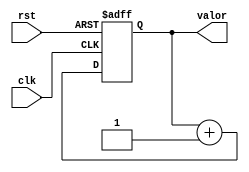
`timescale 1ns / 1ps
//////////////////////////////////////////////////////////////////////////////////
// Company: 
// Engineer: 
// 
// Design Name: 
// Module Name:    CONTADOR 
// Project Name: 
// Target Devices: 
// Tool versions: 
// Description: 
//
// Dependencies: 
//
// Revision: 
// Revision 0.01 - File Created
// Additional Comments: 
//
//////////////////////////////////////////////////////////////////////////////////
module CONTADOR
#(parameter N=2)
(clk, rst, valor);
    input  clk, rst;
    output reg [N-1:0] valor;

    reg [N-1:0]  nuevovalor;

    always @(posedge clk , posedge rst)
      if(rst == 1) valor = 0;
      else valor = nuevovalor;

    always @(valor)
      nuevovalor = valor + 2'd1;
  endmodule